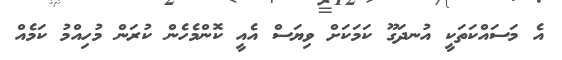
އެ މަސައްކަތަކީ އުނދަގޫ ކަމަކަށް ވިޔަސް އެއީ ކޮންމެހެން ކުރަން މުހިއްމު ކަމެއް